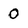
Character: 0